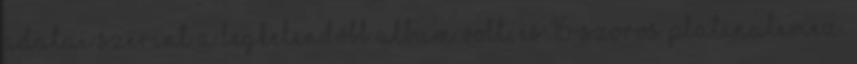
adatai szerint a legkelendőbb album volt, és 16-szoros platinalemez.